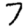
Digit: 7